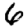
Digit: 6